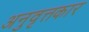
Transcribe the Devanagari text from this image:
अनुवृत्तकार